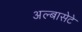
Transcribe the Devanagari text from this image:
अल्बासेटे